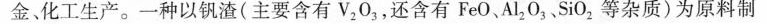
金化工生产。一种以钒渣(主要含有V_{2}O_{3}，还含有F_{e}O、Al_{2}O_{3}、SiO_{2}等杂质)为原料制